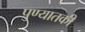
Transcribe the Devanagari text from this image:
पुण्यातकी